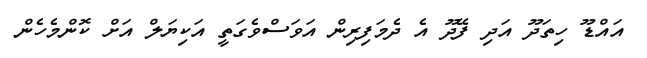
އައްޑޫ ހިތަދޫ އަދި ފޭދޫ އެ ދެމަފިރިން އަވަސްވެގަތީ އަކިޔަލް އަށް ކޮންމެހެން